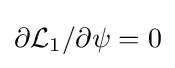
\partial {\mathcal {L}}_{1}/\partial \psi =0